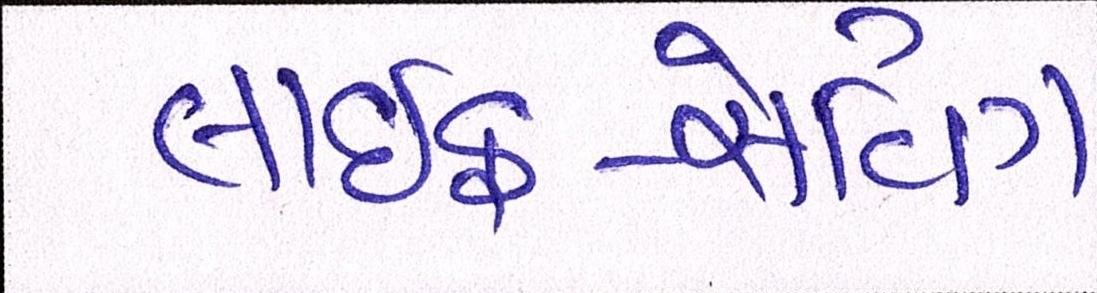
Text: લાઇફ-સેવિંગ